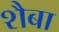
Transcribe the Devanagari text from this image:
शैबा